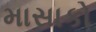
માસાકો